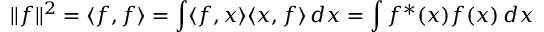
\| f \| ^ { 2 } = \langle f , f \rangle = \int \langle f , x \rangle \langle x , f \rangle \, d x = \int f ^ { * } ( x ) f ( x ) \, d x